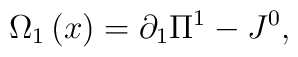
\Omega _1 \left( x \right) = \partial _1 \Pi ^1  - J^0 ,